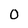
Character: o